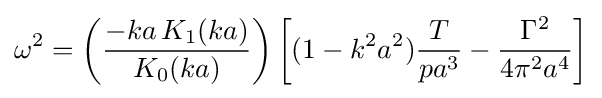
\omega ^{2}=\left({\frac {-ka\,K_{1}(ka)}{K_{0}(ka)}}\right)\left[(1-k^{2}a^{2}){\frac {T}{pa^{3}}}-{\frac {\Gamma ^{2}}{4\pi ^{2}a^{4}}}\right]